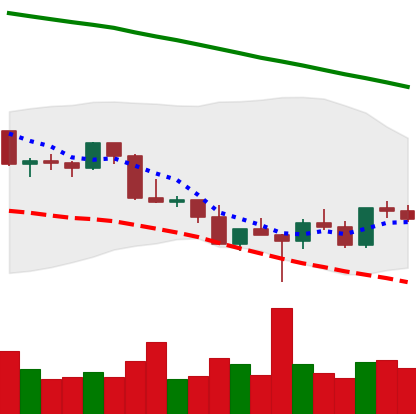
Ticker: LTC-USD
Chart end date: 2022-03-02
Forward return: -10.405%
Label: down_7plus